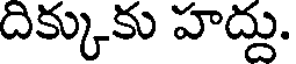
దిక్కుకు హద్దు.